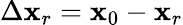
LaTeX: \Delta{\mathbf x}_{r}={\mathbf x}_{0}-{\mathbf x}_{r}